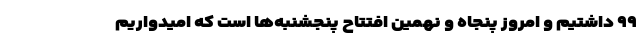
۹۹ داشتیم و امروز پنجاه و نهمین افتتاح پنجشنبه‌ها است که امیدواریم